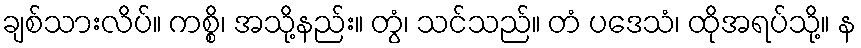
ချစ်သားလိပ်။ ကစ္စိ၊ အသို့နည်း။ တွံ၊ သင်သည်။ တံ ပဒေသံ၊ ထိုအရပ်သို့။ န